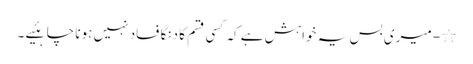
٭- میری بس یہ خواہش ہے کہ کسی قسم کا دنگا فساد نہیں ہونا چاہئیے ۔